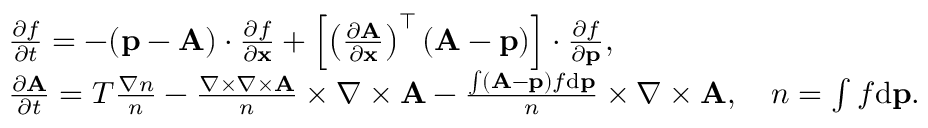
\begin{array} { r l } & { \frac { \partial f } { \partial t } = - ( { \mathbf p } - { \mathbf A } ) \cdot \frac { \partial f } { \partial { \mathbf x } } + \left[ \left( \frac { \partial { \mathbf A } } { \partial \mathbf x } \right) ^ { \top } ( { \mathbf A } - { \mathbf p } ) \right] \cdot \frac { \partial f } { \partial { \mathbf p } } , } \\ & { \frac { \partial { \mathbf A } } { \partial t } = T \frac { \nabla n } { n } - \frac { \nabla \times \nabla \times { \mathbf A } } { n } \times { \nabla \times { \mathbf A } } - \frac { \int ( { \mathbf A } - { \mathbf p } ) f \mathrm { d } { \mathbf p } } { n } \times { \nabla \times { \mathbf A } } , \quad n = \int f \mathrm { d } { \mathbf p } . } \end{array}